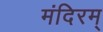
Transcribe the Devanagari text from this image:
मंदिरम्‌